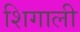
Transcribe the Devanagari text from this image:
शिगाली